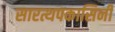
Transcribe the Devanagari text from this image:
सारत्थपकासिनी